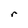
Character: r